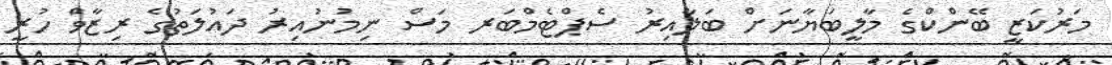
މަރުކަޒީ ބޭންކްގެ މާލީބަޔާނަށް ބަލާއިރު ސެޕްޓެމްބަރ މަސް ނިމުނުއިރު ދައުލަތުގެ ރިޒާވް ހުރީ